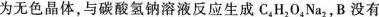
为无色晶体，与碳酸氢钠溶液反应生成C_{4}H_{2}O_{4}Na_{2}，B没有